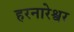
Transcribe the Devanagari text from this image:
हरनारेश्वर